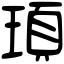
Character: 頊